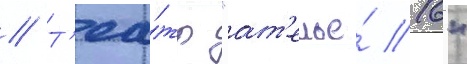
// Т'еа́тр "ат'елье́ 16"